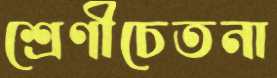
শ্রেণীচেতনা